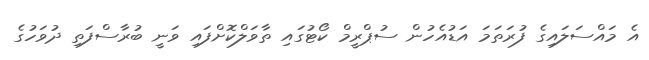
އެ މައްސަލައިގެ ފުރަތަމަ އަޑުއެހުން ސުޕްރީމް ކޯޓުގައި ތާވަލްކޮށްފައި ވަނީ ބުރާސްފަތި ދުވަހުގެ